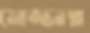
মোজ্জাম্ম